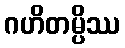
ဂဟိတမ္ပိဿ